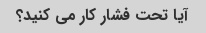
آیا تحت فشار کار می کنید؟